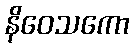
နိဝေသကော